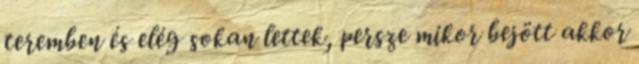
teremben és elég sokan lettek, persze mikor bejött akkor